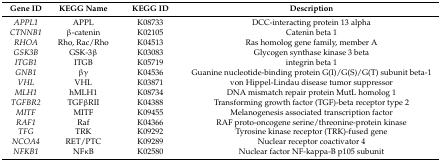
| Gene ID | KEGG Name | KEGG ID | Description |
 | --- | --- | --- | --- |
 | APPL1 | APPL | K08733 | DCC-interacting protein 13 alpha |
 | CTNNB1 | β-catenin | K02105 | Catenin beta 1 |
 | RHOA | Rho, Rac/Rho | K04513 | Ras homolog gene family, member A |
 | GSK3B | GSK-3β | K03083 | Glycogen synthase kinase 3 beta |
 | ITGB1 | ITGB | K05719 | integrin beta 1 |
 | GNB1 | βγ | K04536 | Guanine nucleotide-binding protein G(I)/G(S)/G(T) subunit beta-1 |
 | VHL | VHL | K03871 | von Hippel-Lindau disease tumor suppressor |
 | MLH1 | hMLH1 | K08734 | DNA mismatch repair protein MutL homolog 1 |
 | TGFBR2 | TGFβRII | K04388 | Transforming growth factor (TGF)-beta receptor type 2 |
 | MITF | MITF | K09455 | Melanogenesis associated transcription factor |
 | RAF1 | Raf | K04366 | RAF proto-oncogene serine/threonine-protein kinase |
 | TFG | TRK | K09292 | Tyrosine kinase receptor (TRK)-fused gene |
 | NCOA4 | RET/PTC | K09289 | Nuclear receptor coactivator 4 |
 | NFKB1 | NFκB | K02580 | Nuclear factor NF-kappa-B p105 subunit |